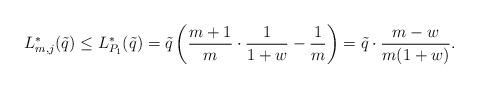
LaTeX: \begin{align*} L_{m,j}^{\ast}(\tilde{q})\leq L_{P_{1}}^{\ast}(\tilde{q})= \tilde{q}\left(\frac{m+1}{m}\cdot \frac{1}{1+w}-\frac{1}{m}\right)=\tilde{q}\cdot \frac{m-w}{m(1+w)}. \end{align*}